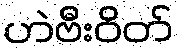
ဟဲဗီးဝိတ်